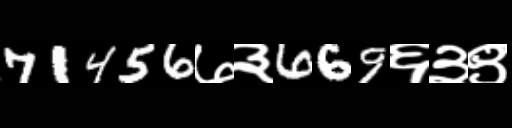
Text: 71456७३669६३९